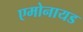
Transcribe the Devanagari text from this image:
एमोनायड